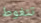
تتغوط